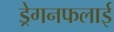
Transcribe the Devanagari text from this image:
ड्रेगनफलाई